system: You are a helpful assistant.
user:
Analyze the provided spectrum to determine if it is a **S-type Star**.

- **Key Indicators for S-type Star:**

    - **(Overall Spectrum Shape):** The first and most obvious characteristic is the overall continuum (the "baseline" shape). It is **extremely "red-sloping,"** meaning the flux (light intensity) is very low on the left side (blue, ~4000-4500 Å) and rises steeply and continuously toward the right side (red, ~7000 Å+).

    - **(Primary):** The spectrum is defined by the presence of strong, broad molecular absorption "valleys" (bands) from **Zirconium Oxide (ZrO)**. The identification of these bands is the **primary requirement** for classifying a star as S-type.
        - **(Key Bandheads):** You must find distinct, deep "dips" where the light has been absorbed. The most critical band systems to locate are:
            - **~6474 Å** ($\gamma$-system): This is often the strongest and clearest ZrO feature, found in the red part of the spectrum.
            - **~5718 Å** & **~5551 Å** ($\beta$-system): A pair of prominent absorption features in the yellow-orange part of the spectrum.
            - **~4640 Å** ($\alpha$-system): A key absorption band system in the blue-green region of the spectrum.

    - **(Secondary Confirmation):** The classification is strengthened by finding additional absorption bands from other related heavy element oxides, which are expected to be present alongside ZrO.
        - **(Key Bandheads):**
            - **Yttrium Oxide (YO):** Look for absorption dips near **~4800 Å** and **~6100 Å**.
            - **Lanthanum Oxide (LaO):** Additional absorption features, particularly in the red-orange part of the spectrum, are also characteristic.

    - **(Line Profile):** The combination of the steep red continuum and these numerous, deep molecular bands (ZrO, YO, etc.) gives the entire spectrum a very **"chopped-up"** or **"bumpy"** appearance. Instead of a smooth curve, the spectrum looks as though large, wide chunks of light have been "carved out" of it at the specific wavelengths listed above.

Think first, call **spectral_visualization_tool** if needed to examine features in detail, then provide your final answer. Your response must adhere to the following strict rules:
1.  **Overall Structure:** Your response must follow the format `<think>...</think> <tool_call>...</tool_call> (if a tool is used) <answer>...</answer>`.
2.  **Tool Usage Constraint:** You may only make **one** tool call per turn.
3.  **Final Answer Format:** In the `<answer>` tag, your conclusion must be inside a `\boxed{}` command (e.g., `\boxed{YES}` or `\boxed{NO}`), followed by your justification.

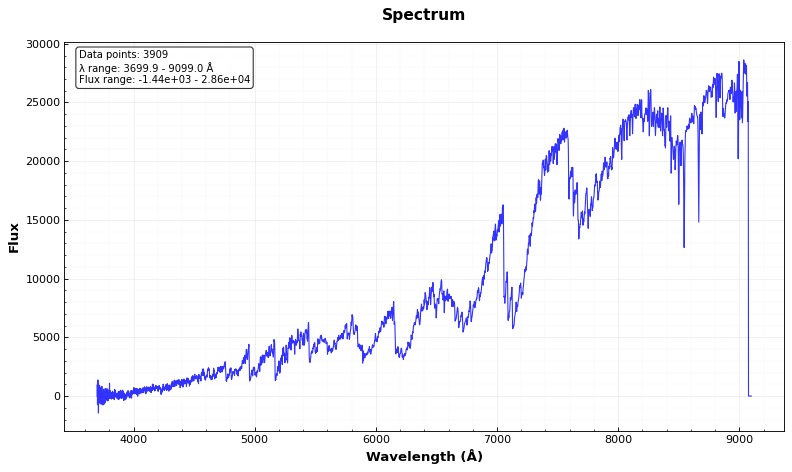
Answer: YES